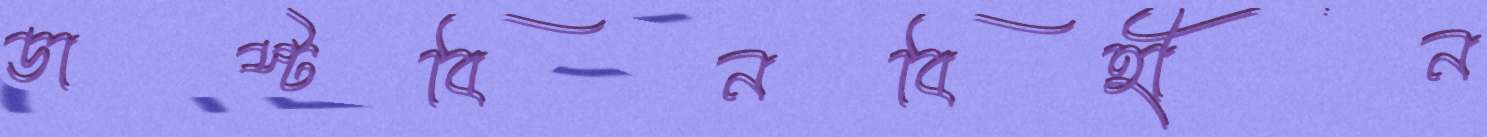
ডাস্টবিনবিহীন